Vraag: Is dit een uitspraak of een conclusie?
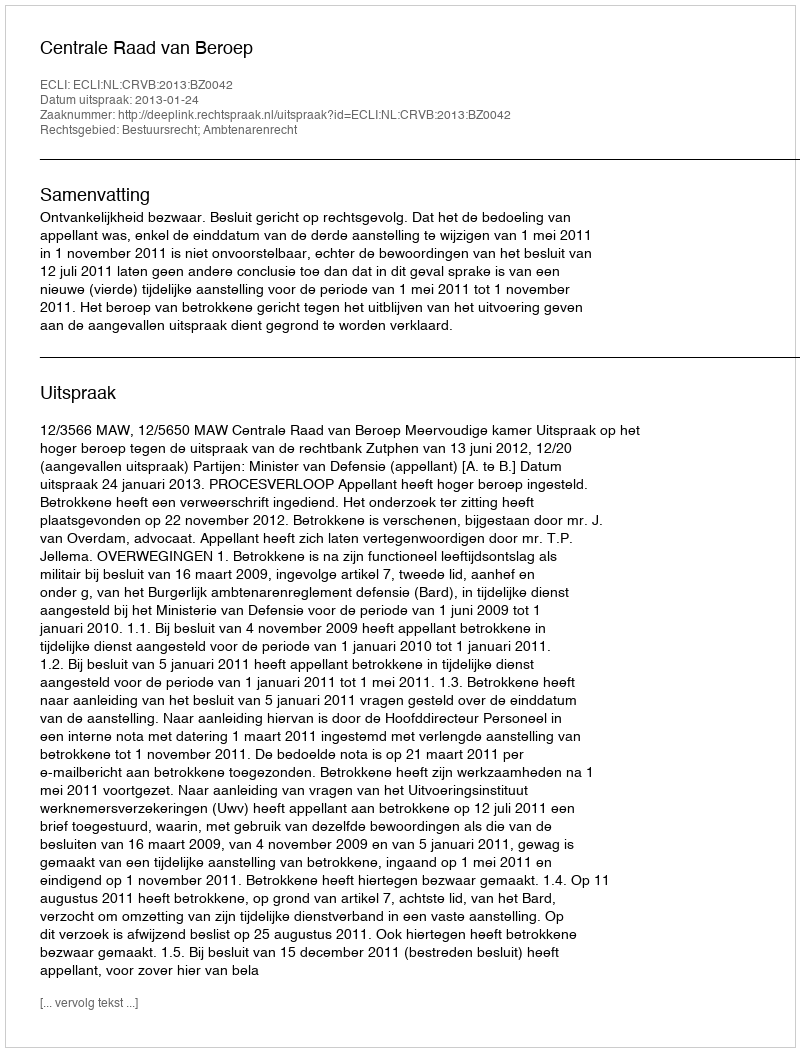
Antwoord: Uitspraak